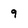
Character: 9